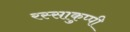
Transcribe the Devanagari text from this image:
रस्साकुप्पी